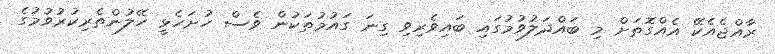
ރާއްޖެއެކޭ އެއްގޮތަށް މި ބައްދަލުވުމުގައި ބައިވެރިވި ގިނަ ގައުމުތަކުން ވެސް ހުށަހެޅީ ހޭލުންތެރިކުރުވުމުގެ